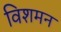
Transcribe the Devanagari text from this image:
विशमन